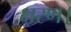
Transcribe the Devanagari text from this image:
क्षरण।